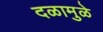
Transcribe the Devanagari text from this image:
दळामुळे